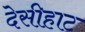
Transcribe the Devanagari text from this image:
देसीहाट